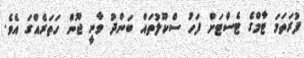
ފުރަތަމަ ޓާމްގެ ޓެސްޓަށް ފަހު ސްކޫލުތައް ބަންދު ވާނީ ޖޫން ހަތަރެއްގަ އެވެ.